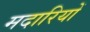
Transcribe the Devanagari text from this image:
मदारियों